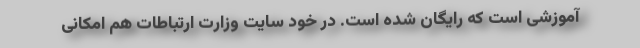
آموزشی است که رایگان شده است. در خود سایت وزارت ارتباطات هم امکانی